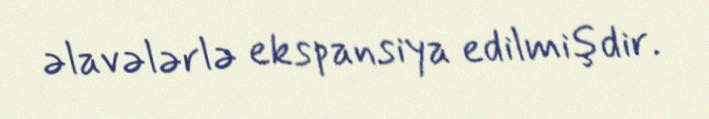
əlavələrlə ekspansiya edilmişdir.